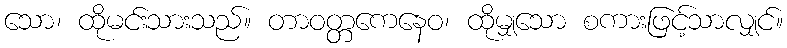
သော၊ ထိုမင်းသားသည်။ တာဝတ္တကေနေဝ၊ ထိုမျှသော စကားဖြင့်သာလျှင်။